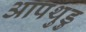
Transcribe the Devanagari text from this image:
आपथुडु